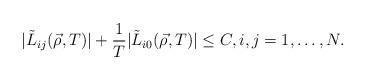
LaTeX: \begin{align*}|\tilde L_{ij}(\vec\rho,T)| + \frac{1}{T}|\tilde L_{i0}(\vec\rho,T)|\leq C,i,j=1,\ldots,N.\end{align*}